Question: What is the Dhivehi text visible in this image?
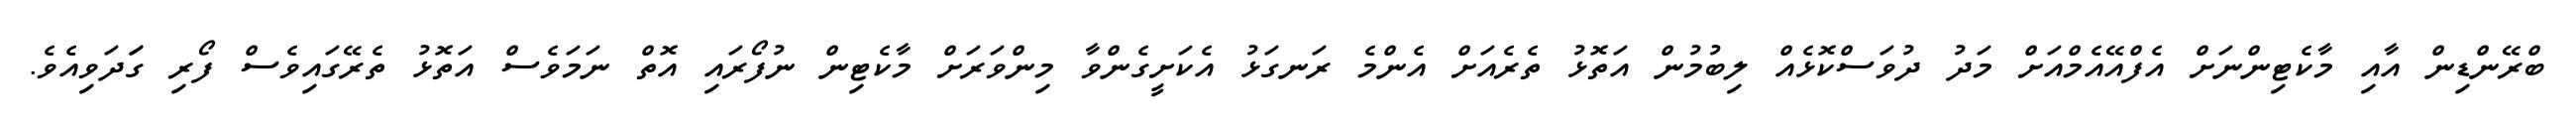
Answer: ބްރޭންޑިން އާއި މާކެޓިންނަށް އެފްއޭއެމްއަށް މަދު ދުވަސްކޮޅެއް ލިބުމުން އަތޮޅު ތެރެއަށް އެންމެ ރަނގަޅު އެކަށީގެންވާ މިންވަރަށް މާކެޓިން ނުފޯރައި އޮތް ނަމަވެސް އަތޮޅު ތެރޭގައިވެސް ފޯރި ގަަދަވިއެވެ.